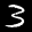
Label: 3